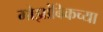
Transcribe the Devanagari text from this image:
मोझांबिकच्या